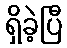
ရှိခဲ့ပြီ